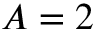
A = 2